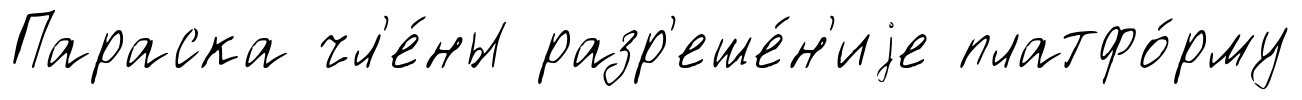
Параска чл'е́ны разр'еше́н'иjе платфо́рму